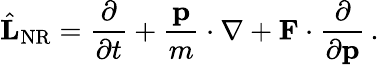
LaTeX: {\hat{\mathbf{L}}}_{\mathrm{NR}}={\frac{\partial}{\partial t}}+{\frac{\mathbf{p}}{m}}\cdot\nabla+\mathbf{F}\cdot{\frac{\partial}{\partial\mathbf{p}}}\, .